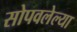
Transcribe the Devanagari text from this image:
सोपवलेल्या